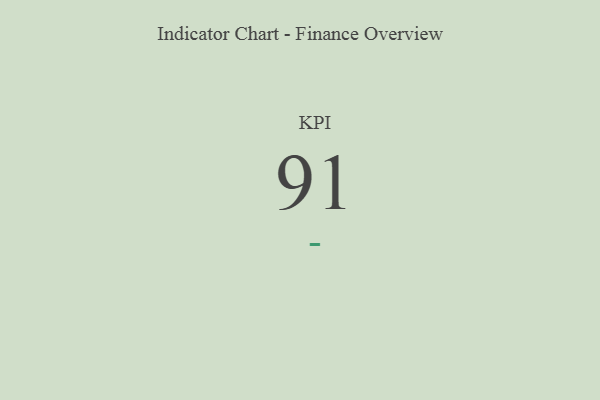
{"axis": {"x": "KPI", "y": "Value"}, "legend": [""], "data": [{"x": "KPI", "y": 91, "type": ""}]}